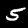
Digit: 5